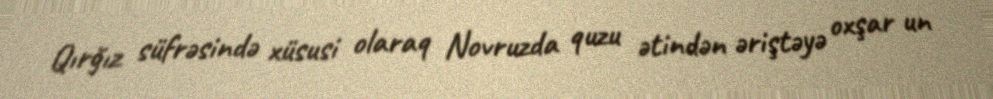
Qırğız süfrəsində xüsusi olaraq Novruzda quzu ətindən əriştəyə oxşar un